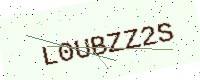
Text: L0UBZZ2S